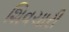
શિવચારી